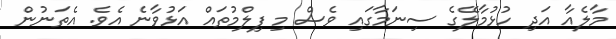
މާލެއާ އަދި ހުޅުމާލޭގެ ސިނަމާގައި ވެސް މި ފިލްމުތައް އަޅުވާނެ އެވެ. އެތަނުން